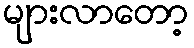
များလာတော့